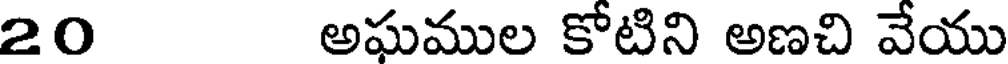
20 అఘముల కోటిని అణచి వేయు